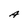
Character: A